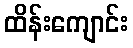
ထိန်းကျောင်း